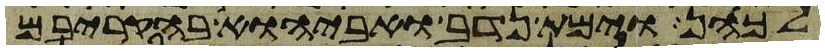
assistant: לכהן וימת נדב ואביהוא בהקריבם